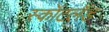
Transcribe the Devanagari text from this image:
स्कॉटलॅंड